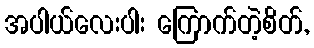
အပါယ်လေးပါး ကြောက်တဲ့စိတ်,